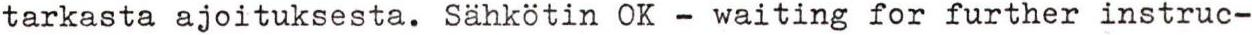
tarkasta ajoituksesta. Sähkötin OK - waiting for further instruc-